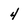
Character: 4